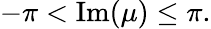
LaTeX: -\pi<\operatorname{Im}(\mu)\leq\pi.